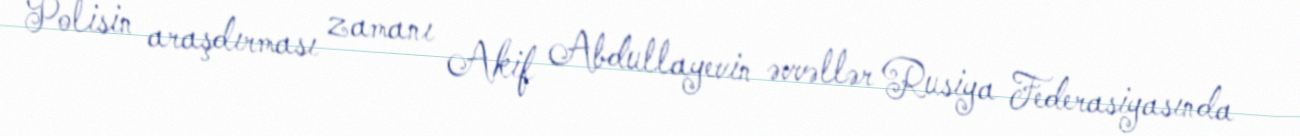
Polisin araşdırması zamanı Akif Abdullayevin əvvəllər Rusiya Federasiyasında